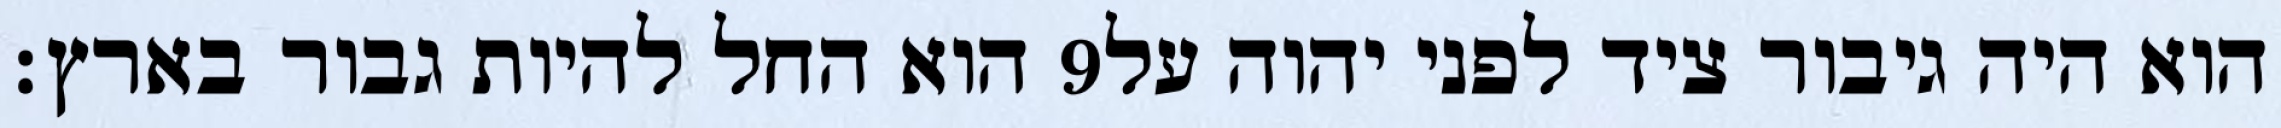
הוא החל להיות גבור בארץ׃ ‎9‏ הוא היה גיבור ציד לפני יהוה על